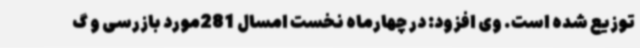
توزیع شده است. وی افزود: در چهارماه نخست امسال 281مورد بازرسی و گ